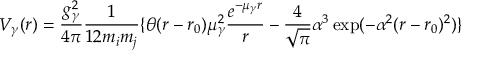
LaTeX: V _ { \gamma } ( r ) = \frac { g _ { \gamma } ^ { 2 } } { 4 \pi } \frac { 1 } { 1 2 m _ { i } m _ { j } } \{ \theta ( r - r _ { 0 } ) \mu _ { \gamma } ^ { 2 } \frac { e ^ { - \mu _ { \gamma } r } } { r } - \frac { 4 } { \sqrt { \pi } } \alpha ^ { 3 } \exp ( - \alpha ^ { 2 } ( r - r _ { 0 } ) ^ { 2 } ) \}